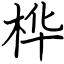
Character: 桦